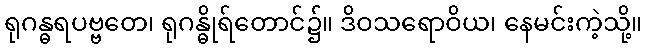
ရုဂန္ဓရပဗ္ဗတေ၊ ရုဂန္ဓိုရ်တောင်၌။ ဒိဝသရောဝိယ၊ နေမင်းကဲ့သို့။